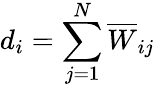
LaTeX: d_{i}=\sum_{j=1}^{N}\overline{{W}}_{ij}